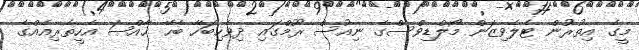
މީގެ އިތުރުން ޓެލެވިޒަން މޯލްޑިވްސްގެ ނިއުސް ރޫމްގައި ދިވެހިބަހާ ބެހޭ ޚާއްޞަ އެހީތެރިއެއްގެ